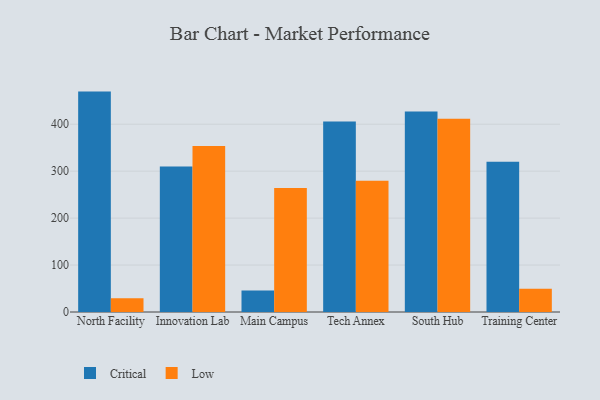
{"axis": {"x": "Campus", "y": "Churn Rate (%)"}, "legend": ["Critical", "Low"], "data": [{"x": "North Facility", "y": 469.5, "type": "Critical"}, {"x": "North Facility", "y": 29.3, "type": "Low"}, {"x": "Innovation Lab", "y": 309.9, "type": "Critical"}, {"x": "Innovation Lab", "y": 353.6, "type": "Low"}, {"x": "Main Campus", "y": 45.6, "type": "Critical"}, {"x": "Main Campus", "y": 264.4, "type": "Low"}, {"x": "Tech Annex", "y": 405.7, "type": "Critical"}, {"x": "Tech Annex", "y": 279.8, "type": "Low"}, {"x": "South Hub", "y": 426.9, "type": "Critical"}, {"x": "South Hub", "y": 411.9, "type": "Low"}, {"x": "Training Center", "y": 320.1, "type": "Critical"}, {"x": "Training Center", "y": 49.7, "type": "Low"}]}